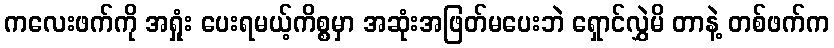
ကလေးဖက်ကို အရှုံး ပေးရမယ့်ကိစ္စမှာ အဆုံးအဖြတ်မပေးဘဲ ရှောင်လွှဲမိ တာနဲ့ တစ်ဖက်က